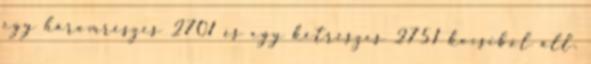
egy háromrészes 2701 és egy kétrészes 2751 kocsiból áll.